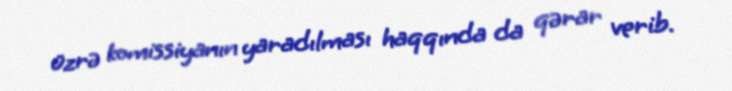
üzrə komissiyanın yaradılması haqqında da qərar verib.